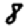
Digit: 8